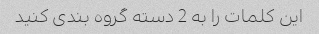
این کلمات را به 2 دسته گروه بندی کنید